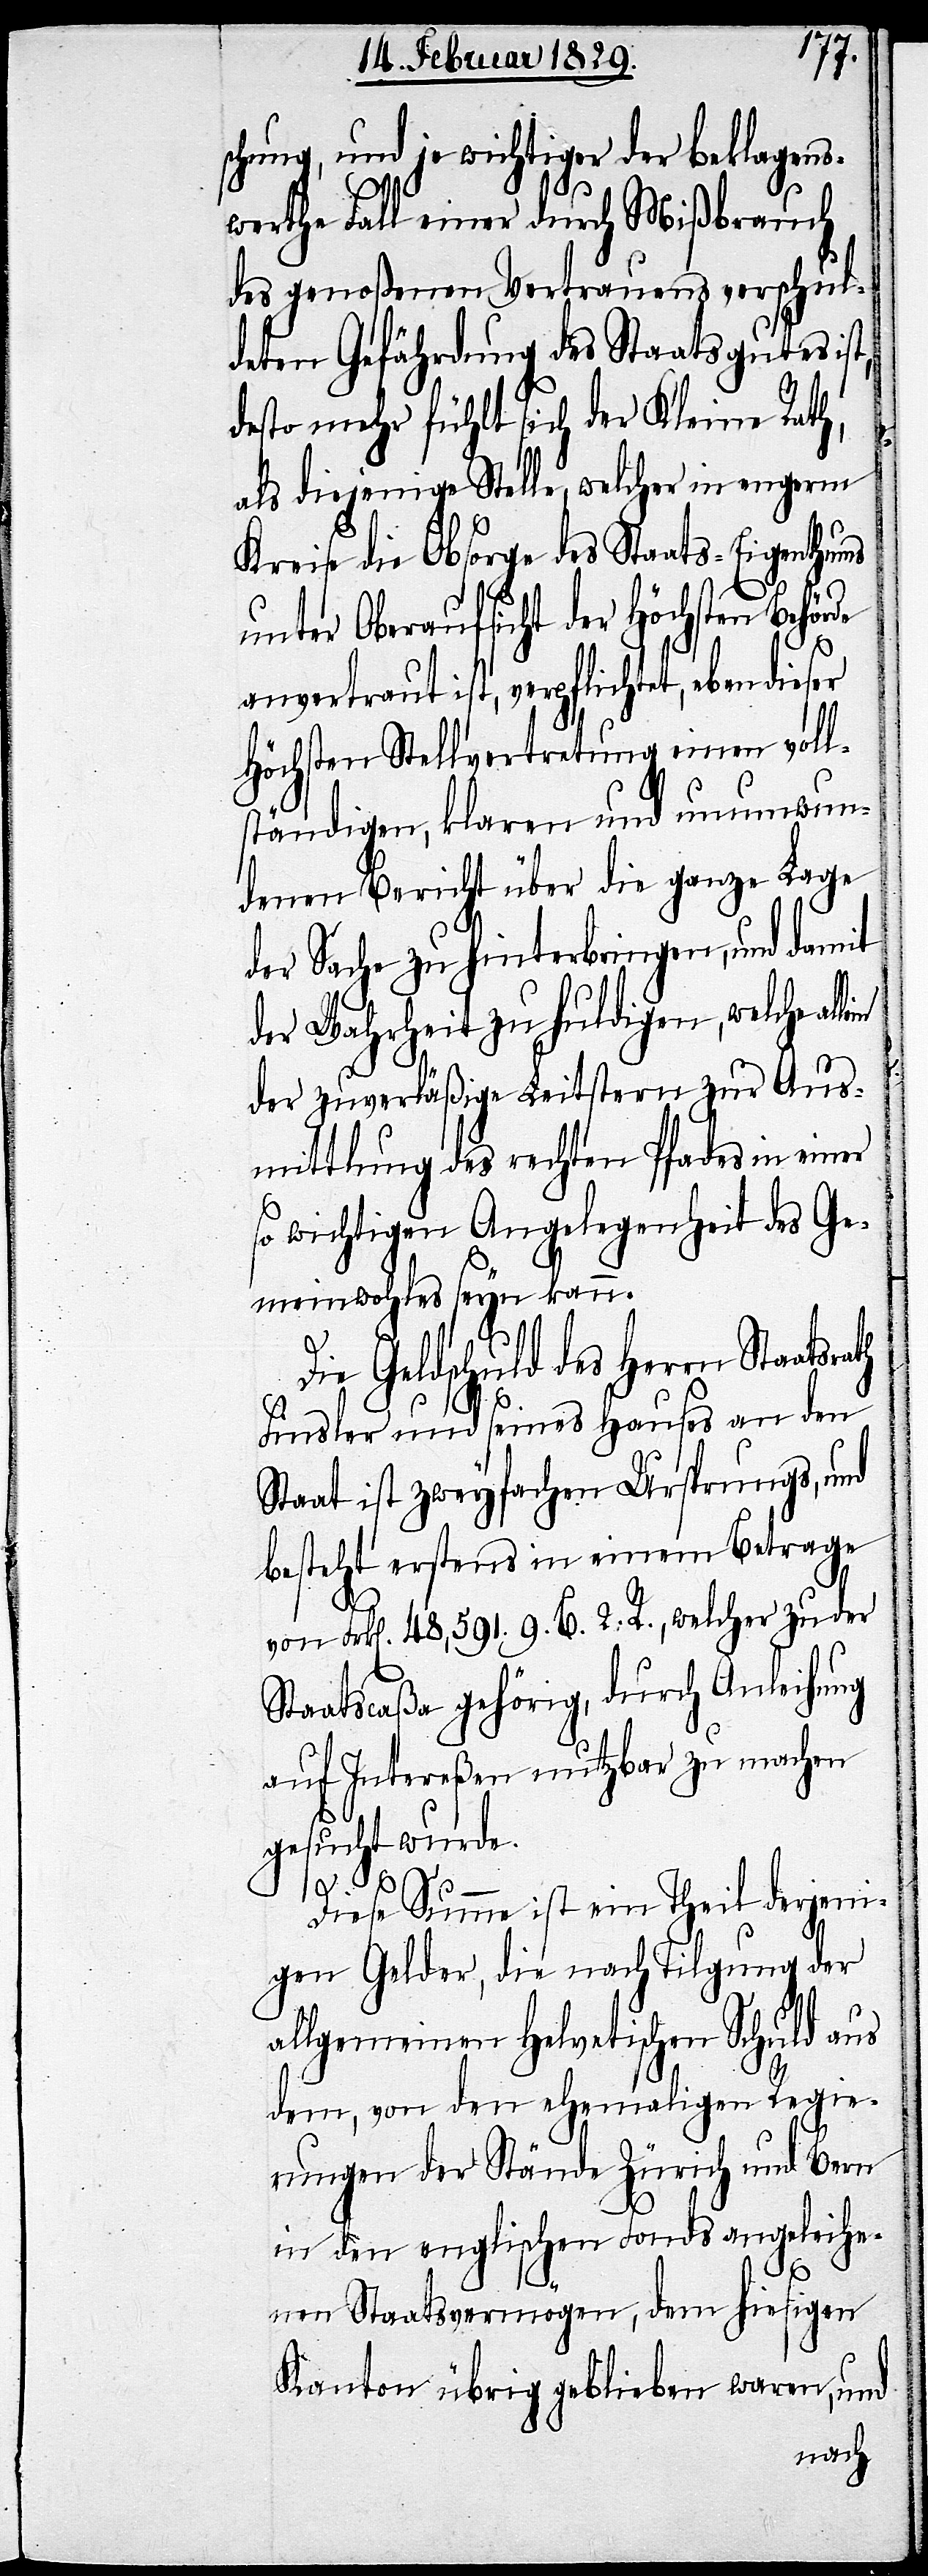
schung, und je wichtiger der beklagens¬
werthe Fall einer durch Mißbrauch
des genoßenen Vertrauens verschul¬
deten Gefährdung des Staatsgutes
desto mehr fühlt sich der Kleine Rath,
als diejenige Stelle, welcher in engerm
Kreise die Obsorge des Staats-Eigenthu¬
unter Oberaufsicht des Höchsten Behör¬
anvertraut ist, verpflichtet, eben dieser
Höchsten Stellvertretung einen voll¬
ständigen, klaren und unumwun¬
denen Bericht über die ganze Lage
der Sache zu hinterbringen, und damit
der Wahrheit zu huldigen, welche
der zuverläßige Leitstern zur Aus¬
mittlung des rechten Pfades in einer
so wichtigen Angelegenheit des Ge¬
meinwohles seyn kann.
Die Geldschuld des Herrn
Finsler und seines Hauses an den
Staat ist zweyfachen Ursprungs, und
besteht erstens in einem Betrage
von Frk[en]. 48,591. 9. B. 2. R., welcher zu der
Staatscaßa gehörig, durch Anleihung
auf Intereßen nutzbar zu machen
gesucht wurde.
de
Diese Summe ist ein Theil derjeni¬
gen Gelder, die nach Tilgung der
allgemeinen Helvetischen Schuld aus
dem, von den ehemaligen Regie¬
rungen der Stände Zürich und Bern
in den evangelischen Fonds angeliehe¬
nen Staatsvermögen, dem hiesigen
Kanton übrig geblieben waren, und